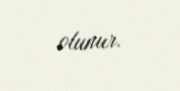
olunur.